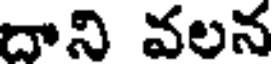
దాని వలన